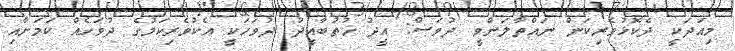
މިއަދަކީ ދެކޮޅުވެރިކަން ނައްތާލަންވީ ދުވަސް: އީދު ޚުތުބާއީދު ދުވަހަކީ އެކުވެރިކަމުގެ ދުވަހެއް ކަމަށާއި